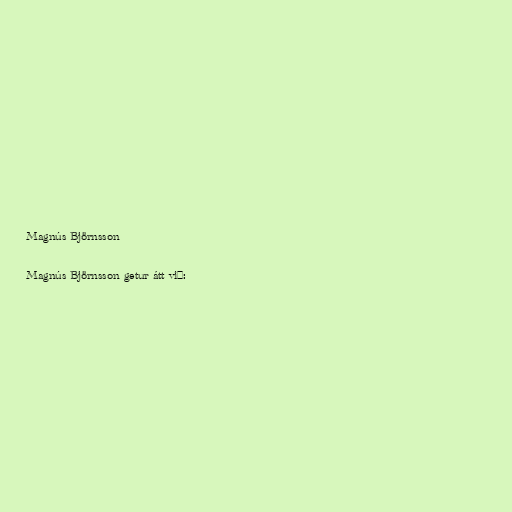
Magnús Björnsson

Magnús Björnsson getur átt við: